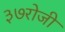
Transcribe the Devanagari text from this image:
३७रोजी